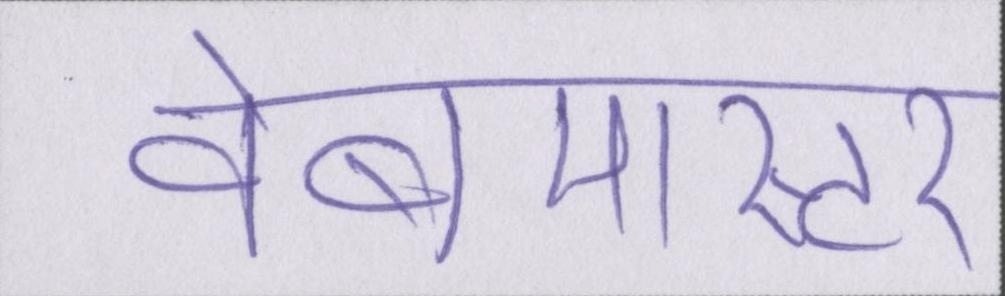
वेबमास्टर